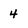
Character: 4